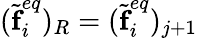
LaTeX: (\widetilde{\textbf{f}}_{i}^{eq})_{R}=(\widetilde{\textbf{f}}_{i}^{eq})_{j+1}